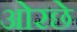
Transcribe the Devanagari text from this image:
ओरछे